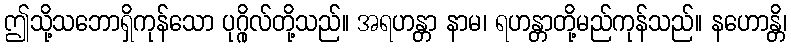
ဤသို့သဘောရှိကုန်သော ပုဂ္ဂိုလ်တို့သည်။ အရဟန္တာ နာမ၊ ရဟန္တာတို့မည်ကုန်သည်။ နဟောန္တိ၊